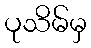
ပုသိမ်မှ